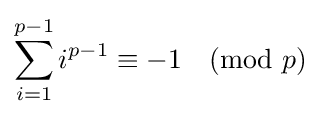
\sum _{i=1}^{p-1}i^{p-1}\equiv -1{\pmod {p}}